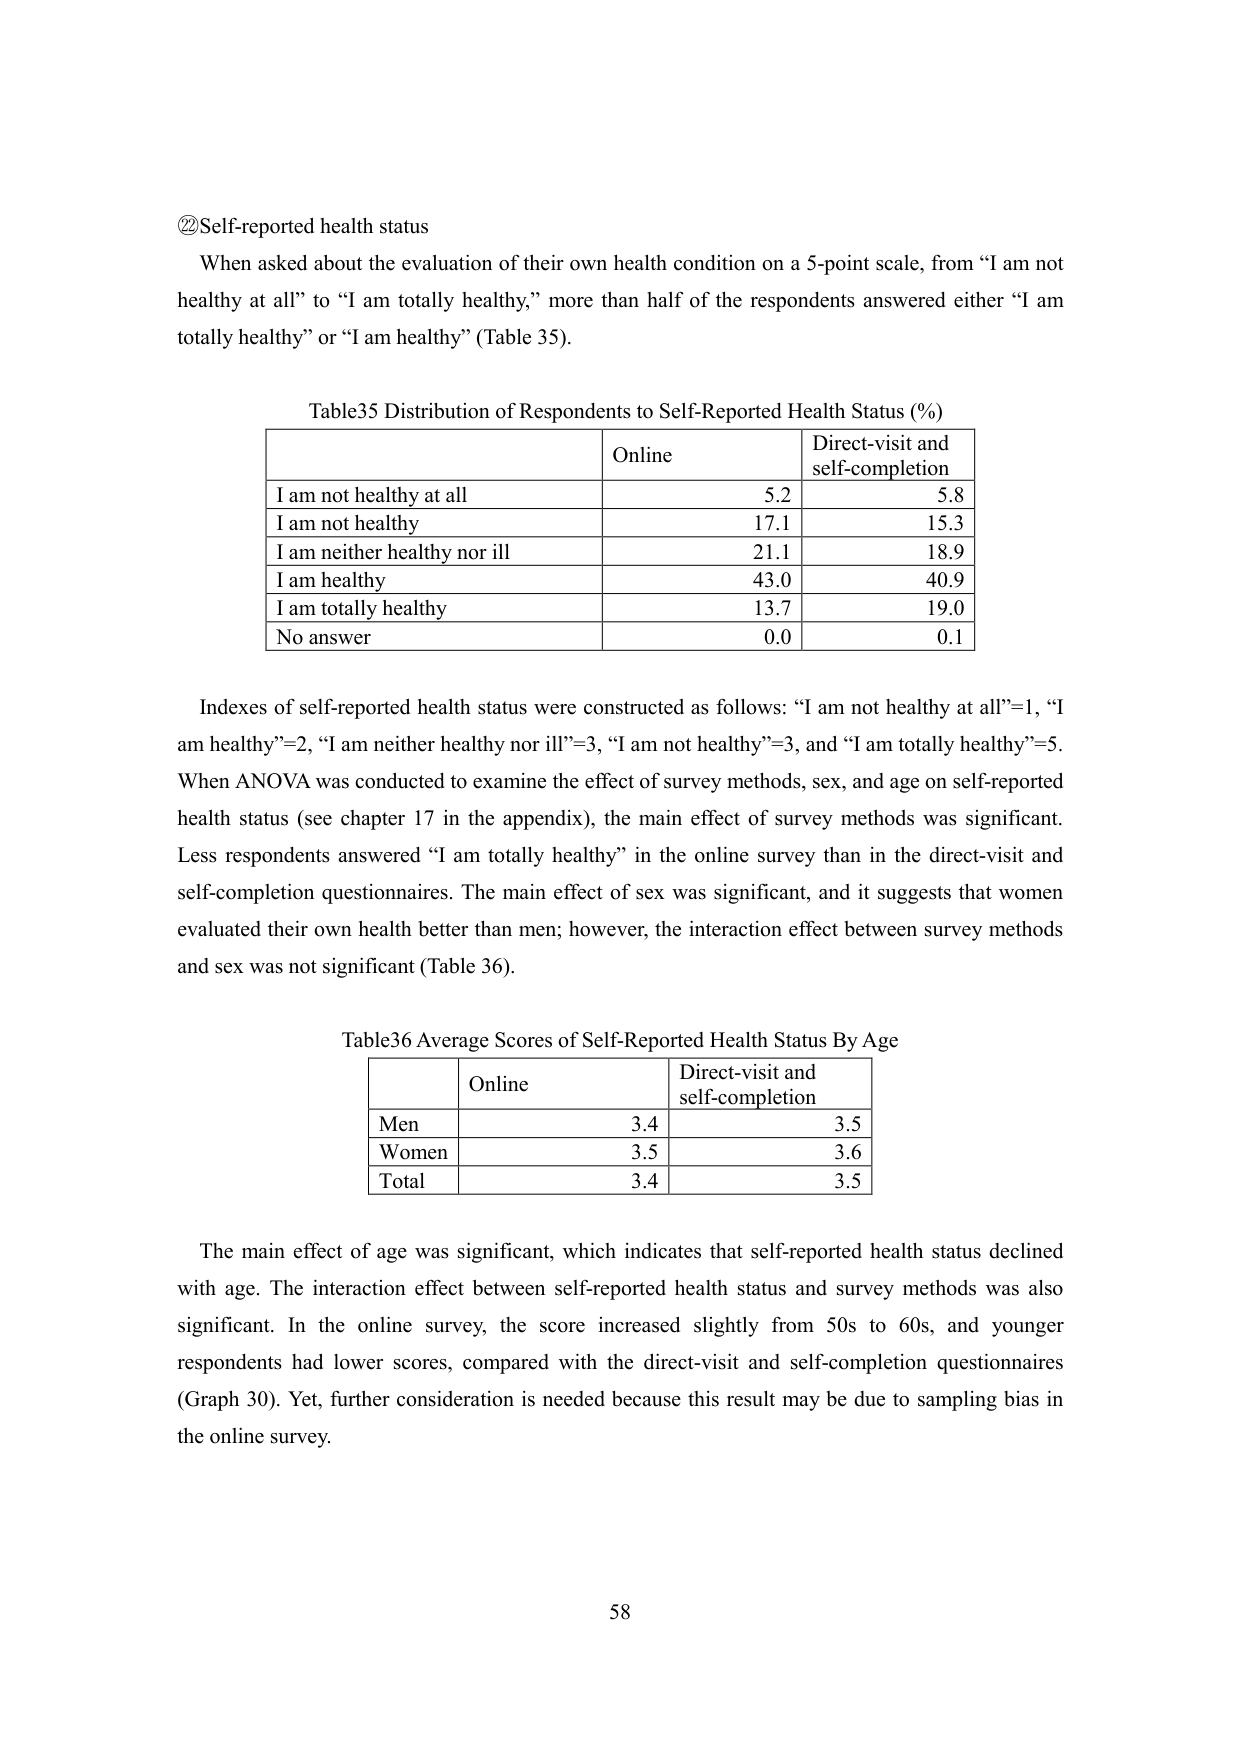
② Self-reported health status
When asked about the evaluation of their own health condition on a 5-point scale, from “I am not healthy at all” to “I am totally healthy,” more than half of the respondents answered either “I am totally healthy” or “I am healthy” (Table 35).

Table35 Distribution of Respondents to Self-Reported Health Status (%)
| | Online | Direct-visit and self-completion |
|---|---|---|
| I am not healthy at all | 5.2 | 5.8 |
| I am not healthy | 17.1 | 15.3 |
| I am neither healthy nor ill | 21.1 | 18.9 |
| I am healthy | 43.0 | 40.9 |
| I am totally healthy | 13.7 | 19.0 |
| No answer | 0.0 | 0.1 |

Indexes of self-reported health status were constructed as follows: “I am not healthy at all”=1, “I am healthy”=2, “I am neither healthy nor ill”=3, “I am not healthy”=3, and “I am totally healthy”=5. When ANOVA was conducted to examine the effect of survey methods, sex, and age on self-reported health status (see chapter 17 in the appendix), the main effect of survey methods was significant. Less respondents answered “I am totally healthy” in the online survey than in the direct-visit and self-completion questionnaires. The main effect of sex was significant, and it suggests that women evaluated their own health better than men; however, the interaction effect between survey methods and sex was not significant (Table 36).

Table36 Average Scores of Self-Reported Health Status By Age
| | Online | Direct-visit and self-completion |
|---|---|---|
| Men | 3.4 | 3.5 |
| Women | 3.5 | 3.6 |
| Total | 3.4 | 3.5 |

The main effect of age was significant, which indicates that self-reported health status declined with age. The interaction effect between self-reported health status and survey methods was also significant. In the online survey, the score increased slightly from 50s to 60s, and younger respondents had lower scores, compared with the direct-visit and self-completion questionnaires (Graph 30). Yet, further consideration is needed because this result may be due to sampling bias in the online survey.

58